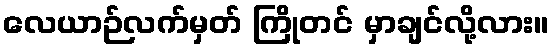
လေယာဉ်လက်မှတ် ကြိုတင် မှာချင်လို့လား။